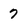
Character: 7